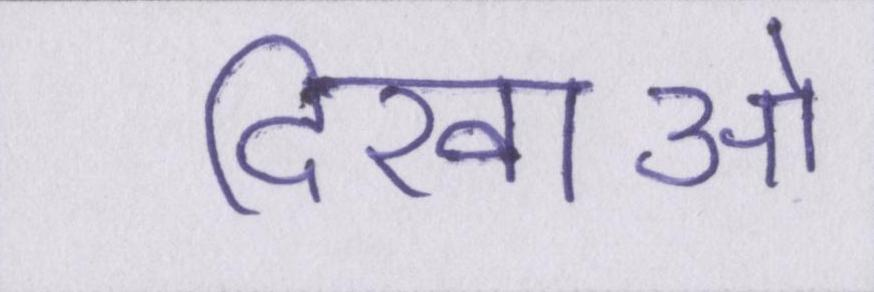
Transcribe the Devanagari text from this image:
दिखाओ